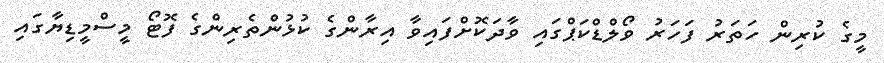
މީގެ ކުރިން ހަތަރު ފަހަރު ވޯލްޑްކަޕްގައި ވާދަކޮށްފައިވާ އިރާންގެ ކުޅުންތެރިންގެ ފޮޓޯ މީސްމީޑިޔާގައި